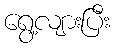
ရွေ့လျားပြီး